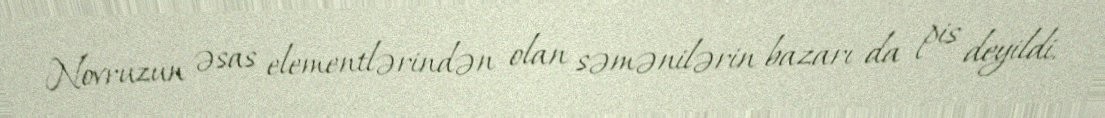
Novruzun əsas elementlərindən olan səmənilərin bazarı da pis deyildi.